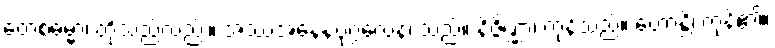
တေစဓမ္မာ၊ တို့သည်လည်း။ အဿအနေနပုဂ္ဂလေန၊ သည်။ နိဇ္ဇိဏ္ဏာ၊ ကုန်သည်။ ဟောန္တိ၊ ကုန်၏။